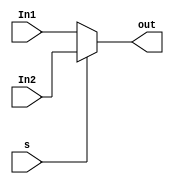
module mux(input s,input [31:0]In1,input [31:0]In2,output  [31:0]out);

assign out=s?In2:In1;


endmodule